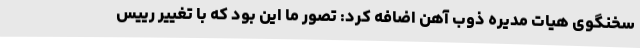
سخنگوی هیات مدیره ذوب آهن اضافه کرد: تصور ما این بود که با تغییر رییس